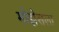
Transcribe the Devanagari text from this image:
मोझेसला